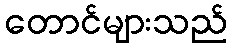
တောင်များသည်